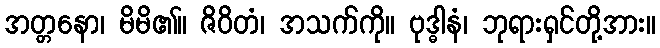
အတ္တနော၊ မိမိ၏။ ဇိဝိတံ၊ အသက်ကို။ ဗုဒ္ဓါနံ၊ ဘုရားရှင်တို့အား။